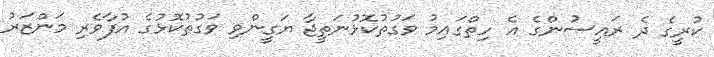
ކުރީގެ ދެ ރައީސުންގެ އެ ހިތްގައިމު ވަގުތުކޮޅުނަތީޖާ ޔަގީންވި ވަގުތުކޮޅުގެ އުފާވެރި މަންޒަރު